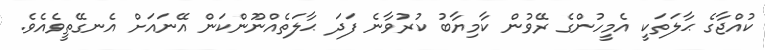
ކުއްޖާގެ ޙާލަތަކީ އެމީހުންގެ ރޭވުން ކާމިޔާބު ކުރުވާނެ ފަދަ ޙާލަތެއްނޫންކަން އޭނައަށް އެނގޭތީވެއެވެ.